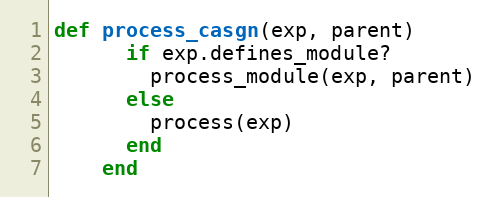
Language: Ruby
def process_casgn(exp, parent)
      if exp.defines_module?
        process_module(exp, parent)
      else
        process(exp)
      end
    end